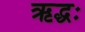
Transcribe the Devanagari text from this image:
ऋद्धः